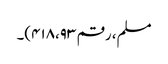
مسلم، رقم ۴۱۸،۹۳)۔